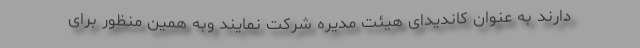
دارند به عنوان کاندیدای هیئت مدیره شرکت نمایند وبه همین منظور برای